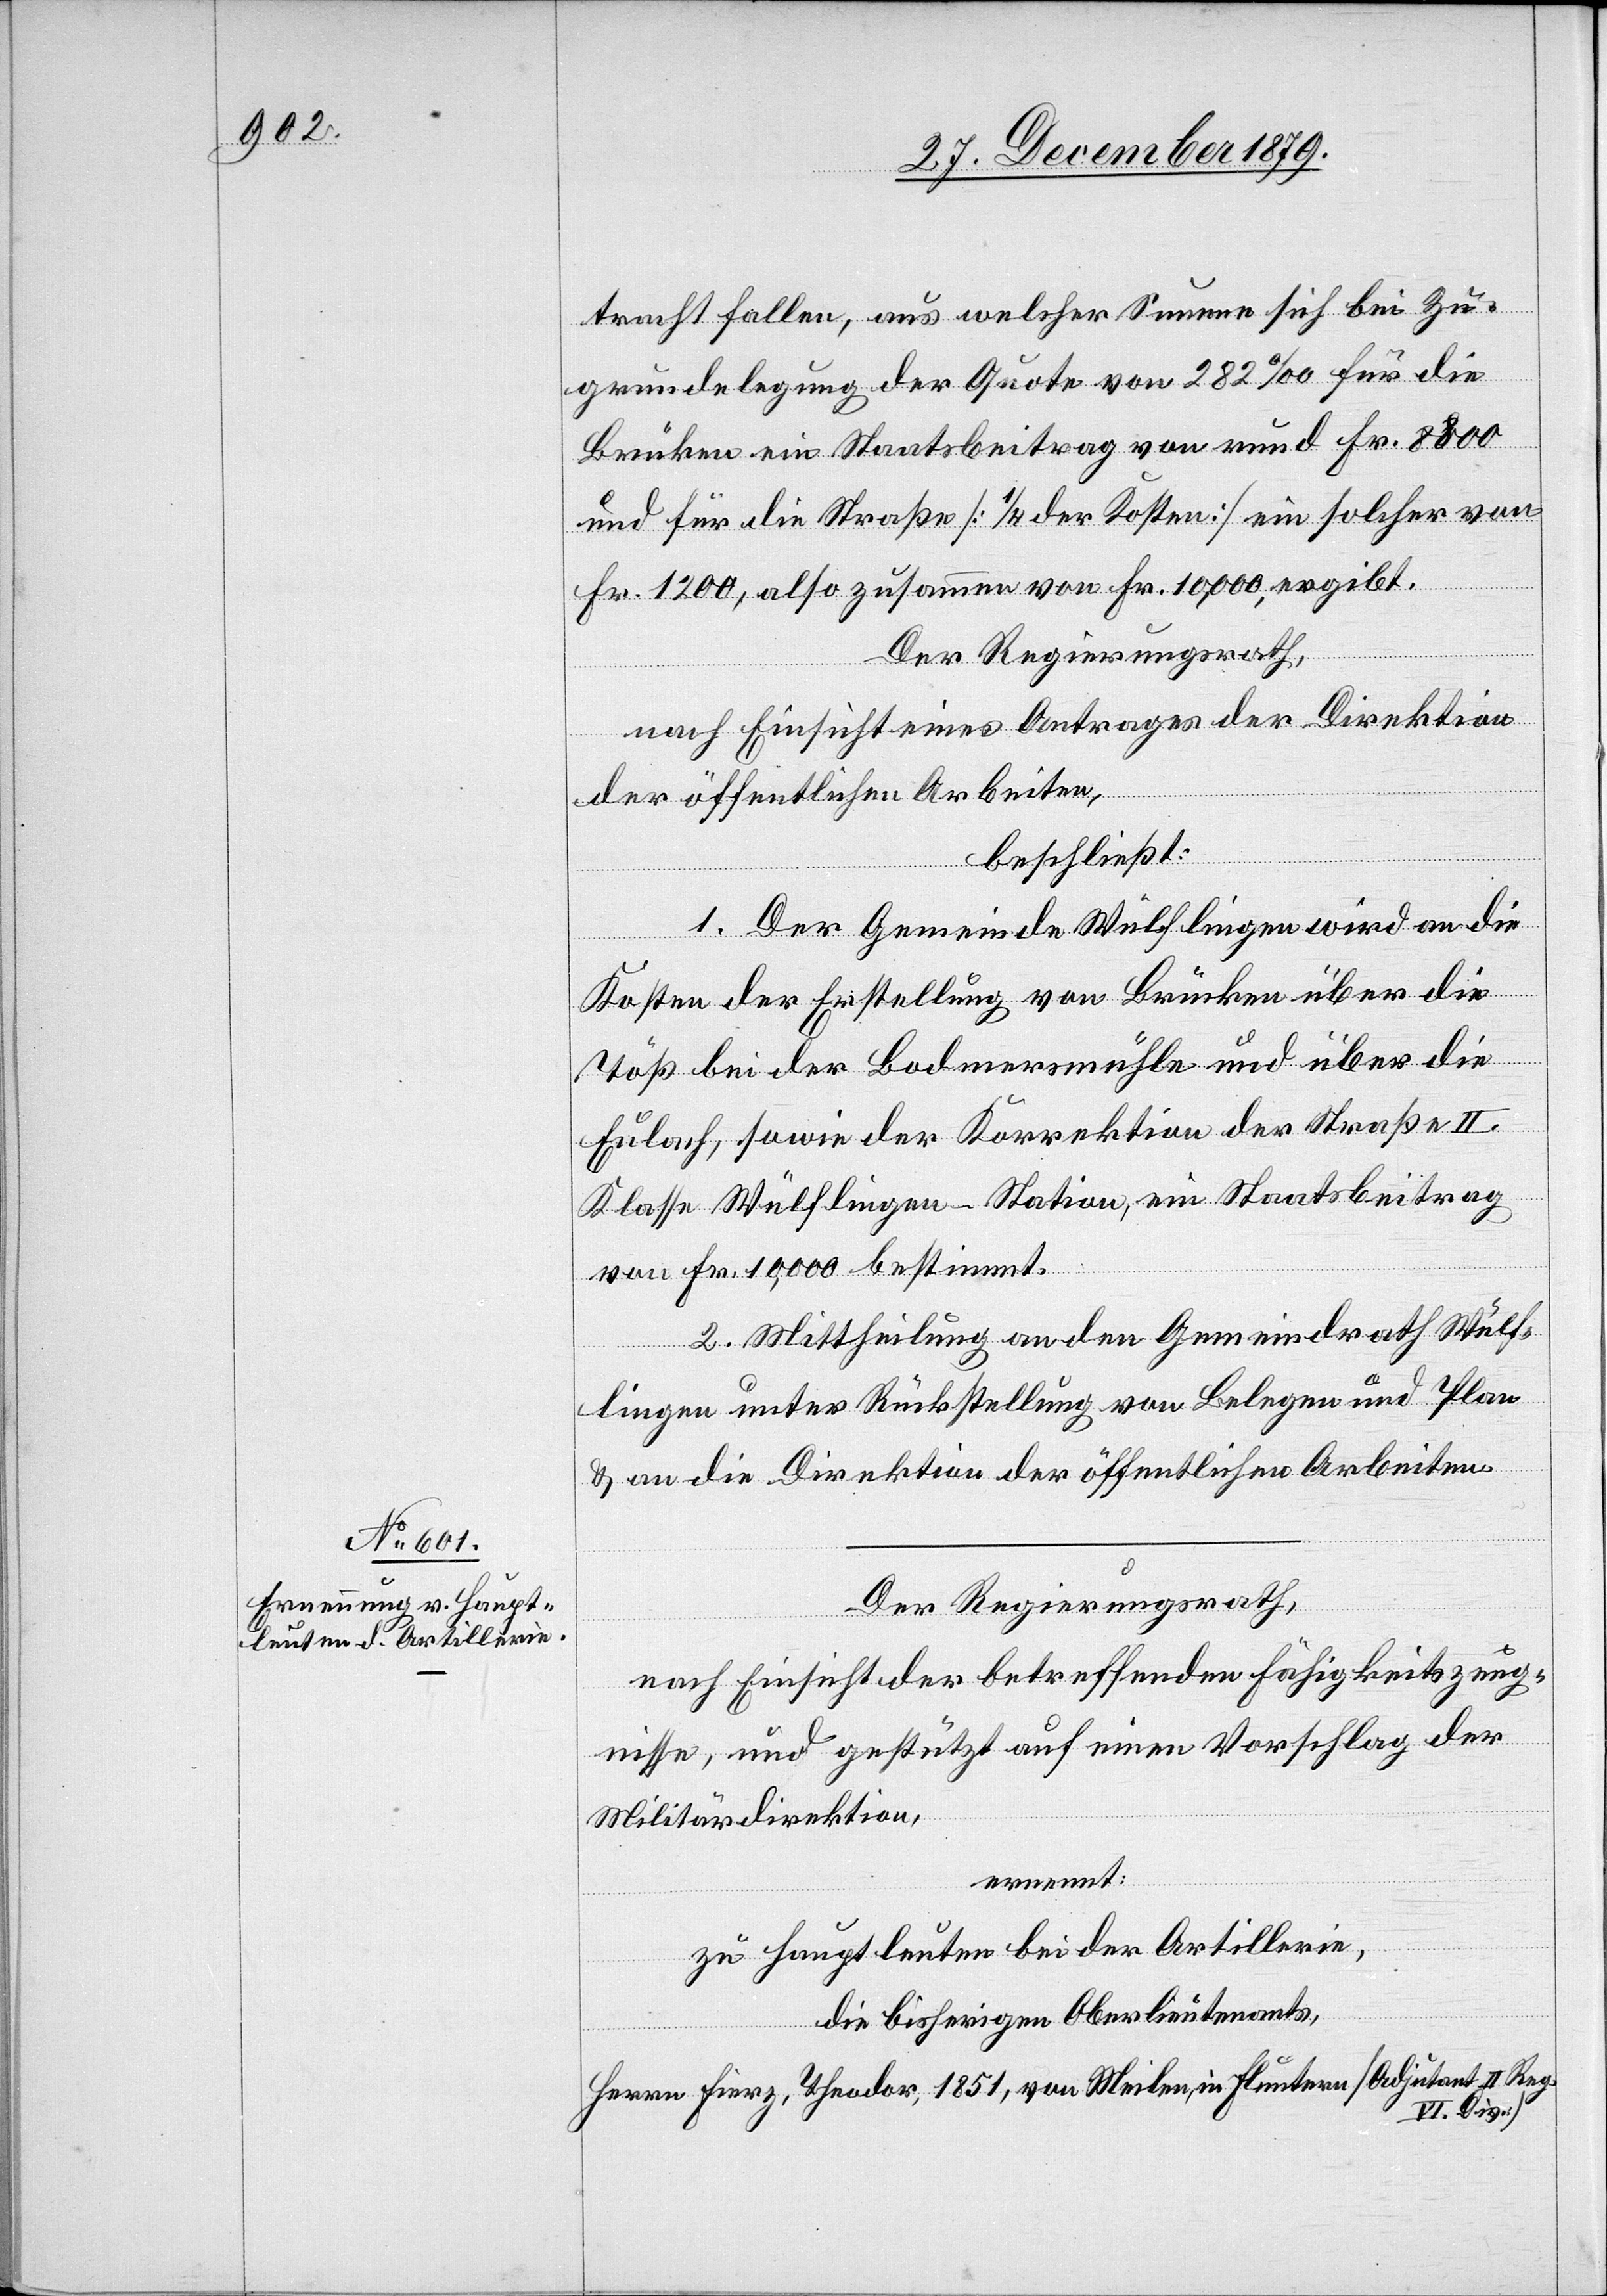
tracht fallen, aus welcher Summe sich bei Zu¬
grundelegung der Quote von 282% für die
Brücken ein Staatsbeitrag von rund Fr. 8800
und für die Straße [1/4 der Kosten] ein solcher von
Fr. 1200, also zusammen von Fr. 10,000 ergibt.
Der Regierungsrath,
nach Einsicht eines Antrages der Direktion
der öffentlichen Arbeiten,
beschließt:
1. Der Gemeinde Wülflingen wird an die
Kosten der Erstellung von Brücken über die
Töß bei der Bodmersmühle und über die
Eulach, sowie der Korrektion der Straße II.
Klasse Wülflingen–Station, ein Staatsbeitrag
von Fr. 10,000 bestimmt.
2. Mittheilung an den Gemeindrath Wülf¬
lingen unter Rückstellung von Belegen und Plan
& an die Direktion der öffentlichen Arbeiten.
Der Regierungsrath,
nach Einsicht des betreffenden Fähigkeitszeug¬
nisse, und gestützt auf einen Vorschlag der
Militärdirektion,
ernennt:
zu Hauptleuten bei der Artillerie,
die bisherigen Oberlieutnants,
Herrn Fierz, Theodor, 1851, von Meilen, in Fluntern [Adjutant II. Reg.
VI. Div.]